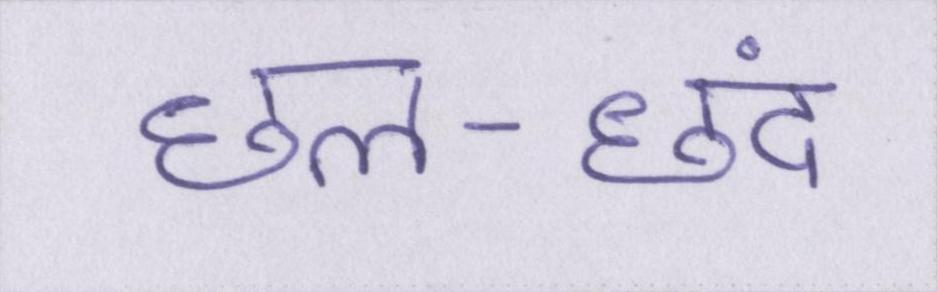
छल-छंद